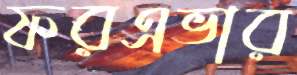
ফরএভার